Scottish Leaving Certificate Examination, 1958
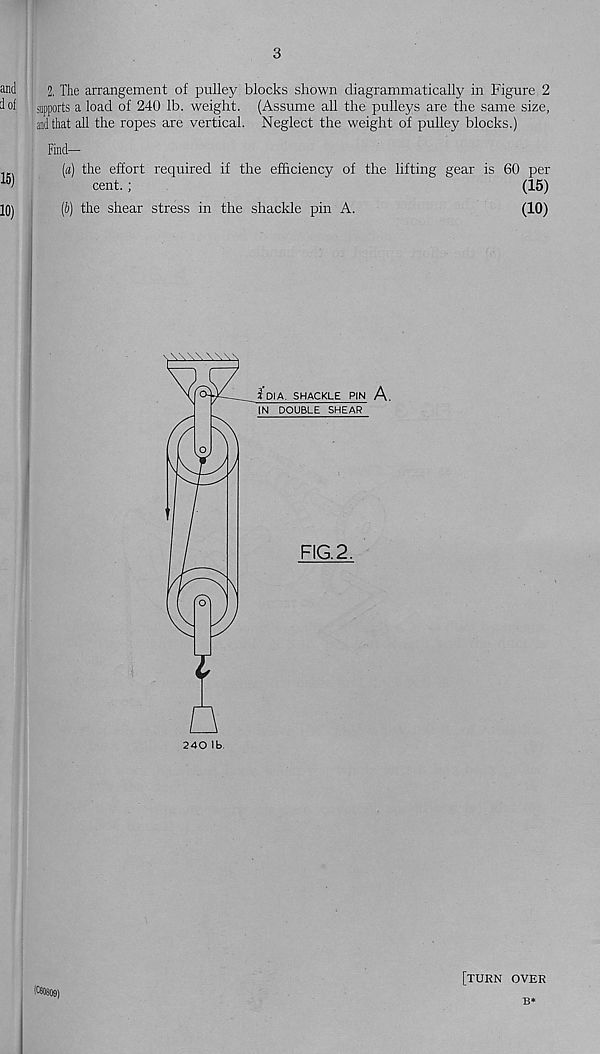
3
and
2. The arrangement of pulley blocks shown diagrammatically in Figure 2
dof supports a load of 240 lb. weight. (Assume all the pulleys are the same size,
and that all the ropes are vertical. Neglect the weight of pulley blocks.)
■ Find—
(a) the effort required if the efficiency of the lifting gear is 60 per
cent.;
(15)
10)
(b) the shear stress in the shackle pin A.
(10)
[turn over
B*